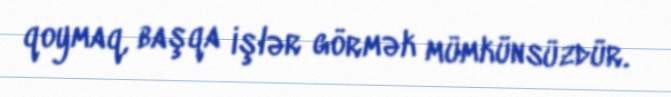
qoymaq, başqa işlər görmək mümkünsüzdür.